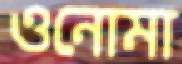
ওনোমা